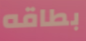
بطاقه